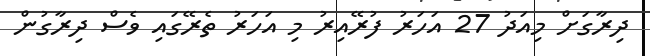
ދިރާގަށް މިއަދު 27 އަހަރު ފުރޭއިރު މި އަހަރު ތެރޭގައި ވެސް ދިރާގުން